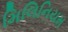
મિલિનિયમ